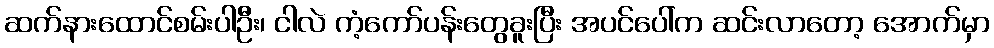
ဆက်နားထောင်စမ်းပါဦး၊ ငါလဲ ကံ့ကော်ပန်းတွေခူးပြီး အပင်ပေါ်က ဆင်းလာတော့ အောက်မှာ